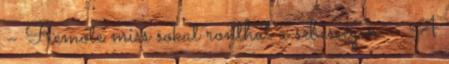
– Remote miss sokat ronthat a sebességen – A